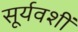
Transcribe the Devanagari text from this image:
सूर्यवशीं